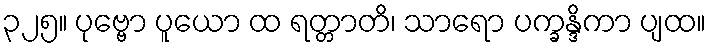
၃၂၅။ ပုဗ္ဗော ပူယော ထ ရတ္တာတိ၊ သာရော ပက္ခန္ဒိကာ ပျထ။